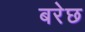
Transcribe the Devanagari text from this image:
बरेछ